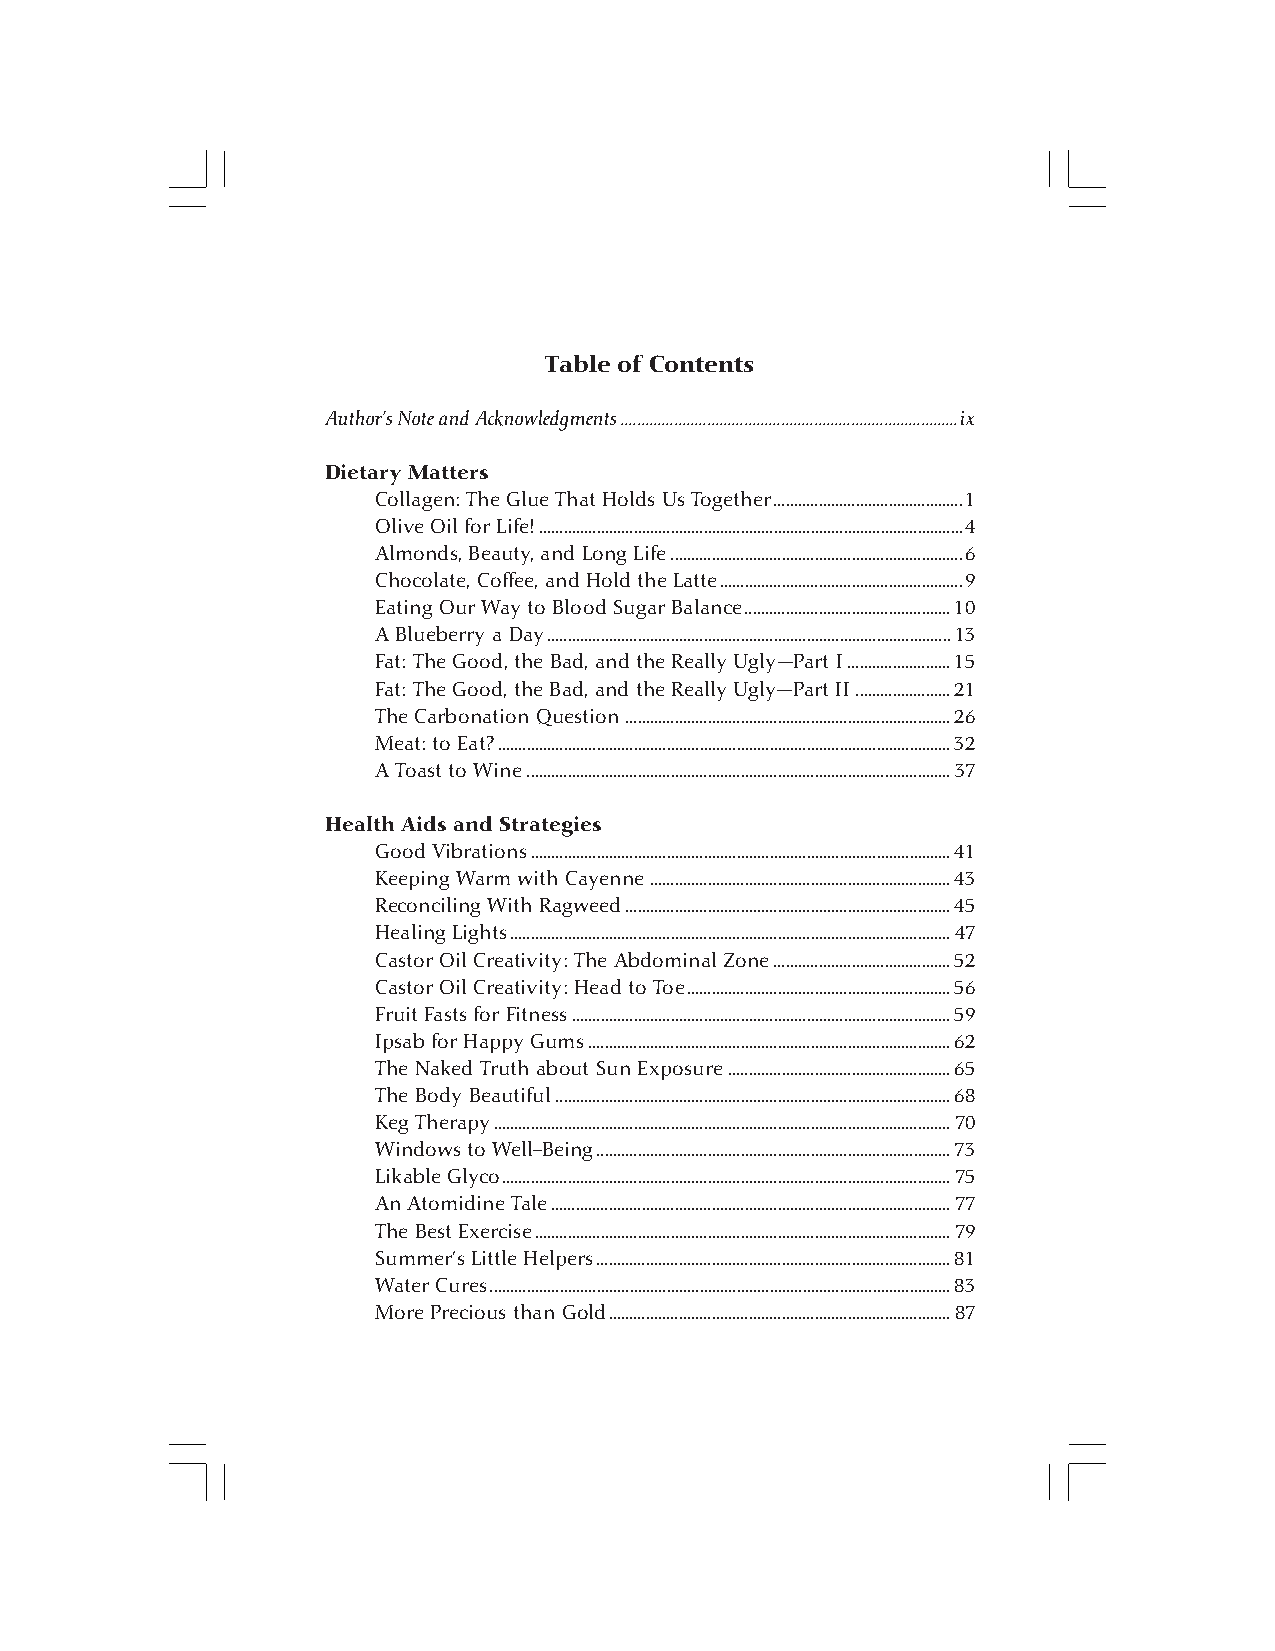
Table of Contents
 Author’s Note and Acknowledgments..................................................................................ix
 Dietary Matters
 Collagen: The Glue That Holds Us Together..............................................1
 Olive Oil for Life!.......................................................................................................4
 Almonds, Beauty, and Long Life.......................................................................6
 Chocolate, Coffee, and Hold the Latte...........................................................9
 Eating Our Way to Blood Sugar Balance..................................................10
 A Blueberry a Day..................................................................................................13
 Fat: The Good, the Bad, and the Really Ugly—Part I.........................15
 Fat: The Good, the Bad, and the Really Ugly—Part II.......................21
 The Carbonation Question...............................................................................26
 Meat: to Eat?..............................................................................................................32
 A Toast to Wine.......................................................................................................37
 Health Aids and Strategies
 Good Vibrations......................................................................................................41
 Keeping Warm with Cayenne.........................................................................43
 Reconciling With Ragweed...............................................................................45
 Healing Lights...........................................................................................................47
 Castor Oil Creativity: The Abdominal Zone...........................................52
 Castor Oil Creativity: Head to Toe................................................................56
 Fruit Fasts for Fitness............................................................................................59
 Ipsab for Happy Gums........................................................................................62
 The Naked Truth about Sun Exposure......................................................65
 The Body Beautiful................................................................................................68
 Keg Therapy...............................................................................................................70
 Windows to Well-Being......................................................................................73
 Likable Glyco.............................................................................................................75
 An Atomidine Tale.................................................................................................77
 The Best Exercise.....................................................................................................79
 Summer’s Little Helpers......................................................................................81
 Water Cures................................................................................................................83
 More Precious than Gold...................................................................................87